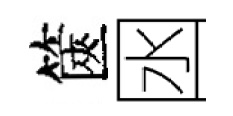
篋囦